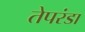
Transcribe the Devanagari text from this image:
तेपरंडा